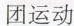
团运动